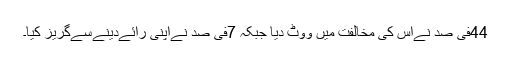
44فی صد نےاس کی مخالفت میں ووٹ دیا جبکہ 7فی صد نےاپنی رائےدینےسےگریز کیا۔